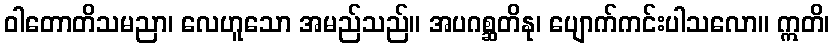
ဝါတောတိသမညာ၊ လေဟူသော အမည်သည်။ အပဂစ္ဆတိနု၊ ပျောက်ကင်းပါသလော။ ဣတိ၊